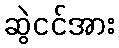
ဆွဲငင်အား